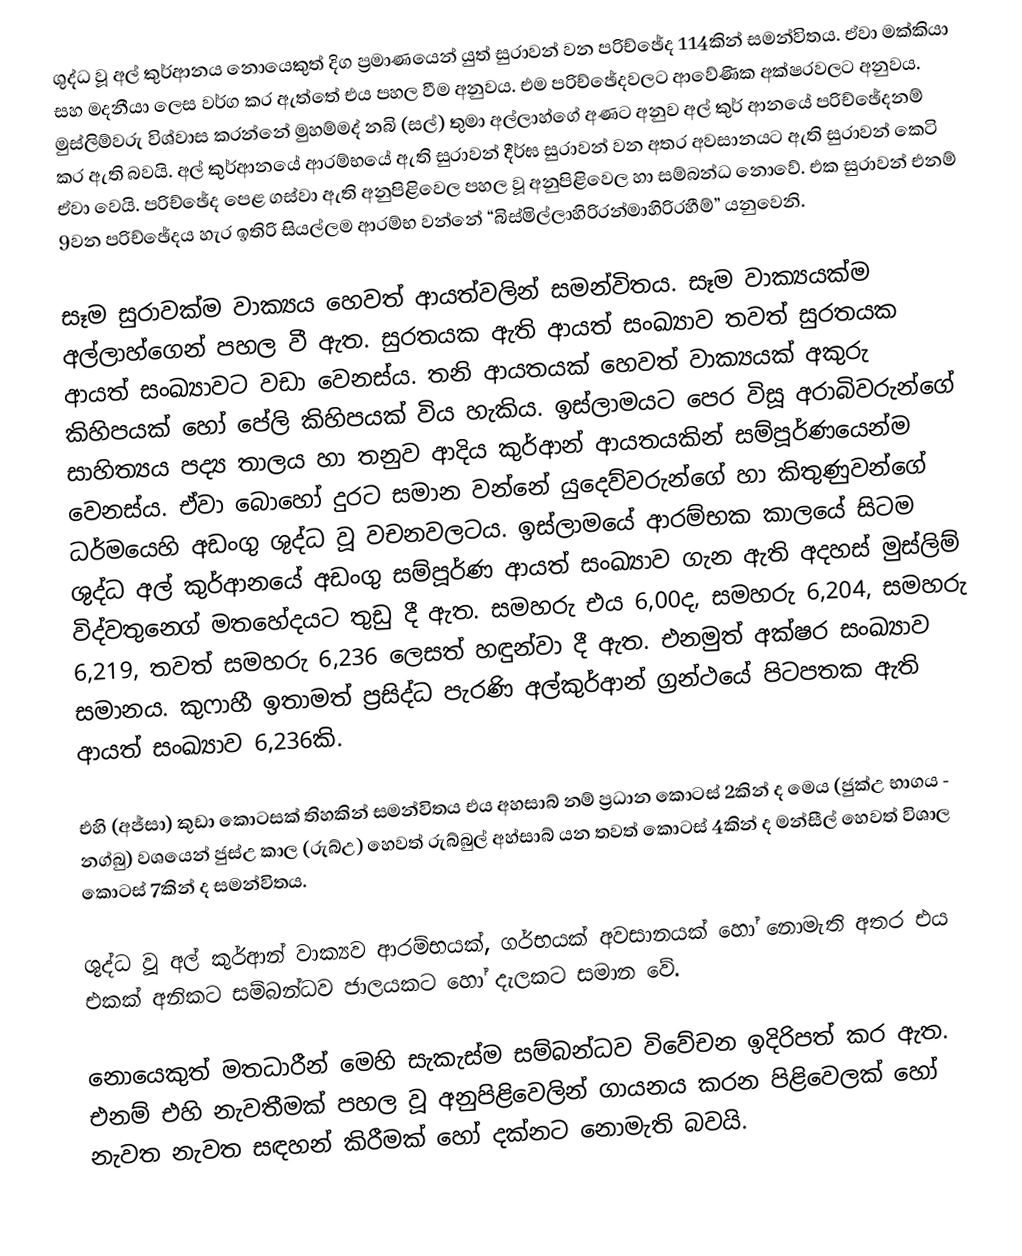
ශුද්ධ වූ අල් කුර්ආනය නොයෙකුත් දිග ප්‍රමාණයෙන් යුත් සුරාවන් වන පරිච්ඡේද 114කින් සමන්විතය. ඒවා මක්කියා සහ මදනීයා ලෙස වර්ග කර ඇත්තේ එය පහල වීම අනුවය. එම පරිච්ඡේදවලට ආවේණික අක්ෂරවලට අනුවය. මුස්ලිම්වරු විශ්වාස කරන්නේ මුහම්මද් නබි (සල්) තුමා අල්ලාහ්ගේ අණට අනුව  අල් කුර් ආනයේ පරිච්ඡේද‍නම් කර ඇති බවයි. අල් කුර්ආනයේ ආරම්භයේ ඇති සුරාවන් දීර්ඝ සුරාවන් වන අතර අවසානයට ඇති සුරාවන් කෙටි ඒවා වෙයි. පරිච්ඡේද පෙළ ගස්වා ඇති අනුපිළිවෙල පහල වූ අනුපිළිවෙල හා සම්බන්ධ නොවේ. එක සුරාවන් එනම් 9වන පරිච්ඡේදය හැර ඉතිරි සියල්ලම ආරම්භ වන්නේ “බිස්මිල්ලාහිරිරන්මාහිරිරහීම්” යනුවෙනි.

සෑම සුරාවක්ම වාක්‍යය හෙවත් ආයත්වලින් සමන්විතය. සෑම වාක්‍යයක්ම අල්ලාහ්ගෙන් පහල වී ඇත. සුරතයක ඇති ආයත් සංඛ්‍යාව තවත් සුරතයක ආයත් සංඛ්‍යාවට වඩා වෙනස්ය. තනි ආයතයක් හෙවත් වාක්‍යයක් අකුරු කිහිපයක් හෝ පේලි කිහිපයක් විය හැකිය. ඉස්ලාමයට පෙර විසූ අරාබිවරුන්ගේ සාහිත්‍යය පද්‍ය තාලය හා තනුව ආදිය කුර්ආන් ආයතයකින් සම්පූර්ණයෙන්ම වෙනස්ය. ඒවා බොහෝ දුරට සමාන වන්නේ යුදෙව්වරුන්ගේ හා කිතුණුවන්ගේ ධර්මයෙහි අඩංගු ශුද්ධ වූ වචනවලටය. ඉස්ලාමයේ ආරම්භක කාලයේ සිටම ශුද්ධ අල් කුර්ආනයේ අඩංගු සම්පූර්ණ ආයත් සංඛ්‍යාව ගැන ඇති අදහස් මුස්ලිම් විද්වතුන‍්ගේ මතහේදයට තුඩු දී ඇත. සමහරු එය 6,00ද, සමහරු 6,204, සමහරු 6,219, තවත් සමහරු 6,236 ලෙසත් හඳුන්වා දී ඇත. එනමුත් අක්ෂර සංඛ්‍යාව සමානය. කුෆාහී ඉතාමත් ප්‍රසිද්ධ පැරණි අල්කුර්ආන් ග්‍රන්ථයේ පිටපතක ඇති ආයත් සංඛ්‍යාව 6,236කි.

එහි (අජ්සා) කුඩා කොටසක් තිහකින් සමන්විතය එය අහසාබ් නම් ප්‍රධාන කොටස් 2කින් ද මෙය (ජුක්උ භාගය - නග්බු) ව‍ශයෙන් ජුස්උ කාල (රුබ්උ) හෙවත් රුබ්බුල් අහ්සාබ් යන තවත් කොටස් 4කින් ද මන්සීල් හෙවත් විශාල කොටස් 7කින් ද සමන්විතය.

ශුද්ධ වූ අල් කුර්ආන් වාක්‍යව ආරම්භයක්, ගර්භයක් අවසානයක් හෝ නොමැති අතර එය එකක් අනිකට සම්බන්ධව ජාලයකට හෝ දැලකට සමාන වේ.

නොයෙකුත් මතධාරීන් මෙහි සැකැස්ම සම්බන්ධව විවේචන ඉදිරිපත් කර ඇත. එනම් එහි නැවතීමක් පහල වූ අනුපිළිවෙලින් ගායනය කරන පිළිවෙලක් හෝ නැවත නැවත සඳහන් කිරීමක් හෝ දක්නට නොමැති බවයි.